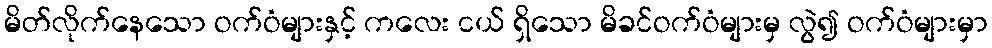
မိတ်လိုက်နေသော ဝက်ဝံများနှင့် ကလေး ငယ် ရှိသော မိခင်ဝက်ဝံများမှ လွဲ၍ ဝက်ဝံများမှာ